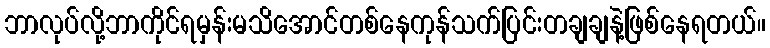
ဘာလုပ်လို့ဘာကိုင်ရမှန်းမသိအောင်တစ်နေကုန်သက်ပြင်းတချချနဲ့ဖြစ်နေရတယ်။